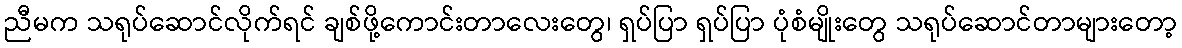
ညီမက သရုပ်ဆောင်လိုက်ရင် ချစ်ဖို့ကောင်းတာလေးတွေ၊ ရှပ်ပြာ ရှပ်ပြာ ပုံစံမျိုးတွေ သရုပ်ဆောင်တာများတော့